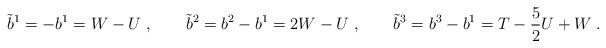
LaTeX: \begin{align*}\tilde{b}^{1}=-b^1=W-U\; ,\qquad \tilde{b}^{2}=b^2-b^1=2W-U\; ,\qquad \tilde{b}^{3}=b^3-b^1=T-\frac{5}{2}U+W\; .\end{align*}